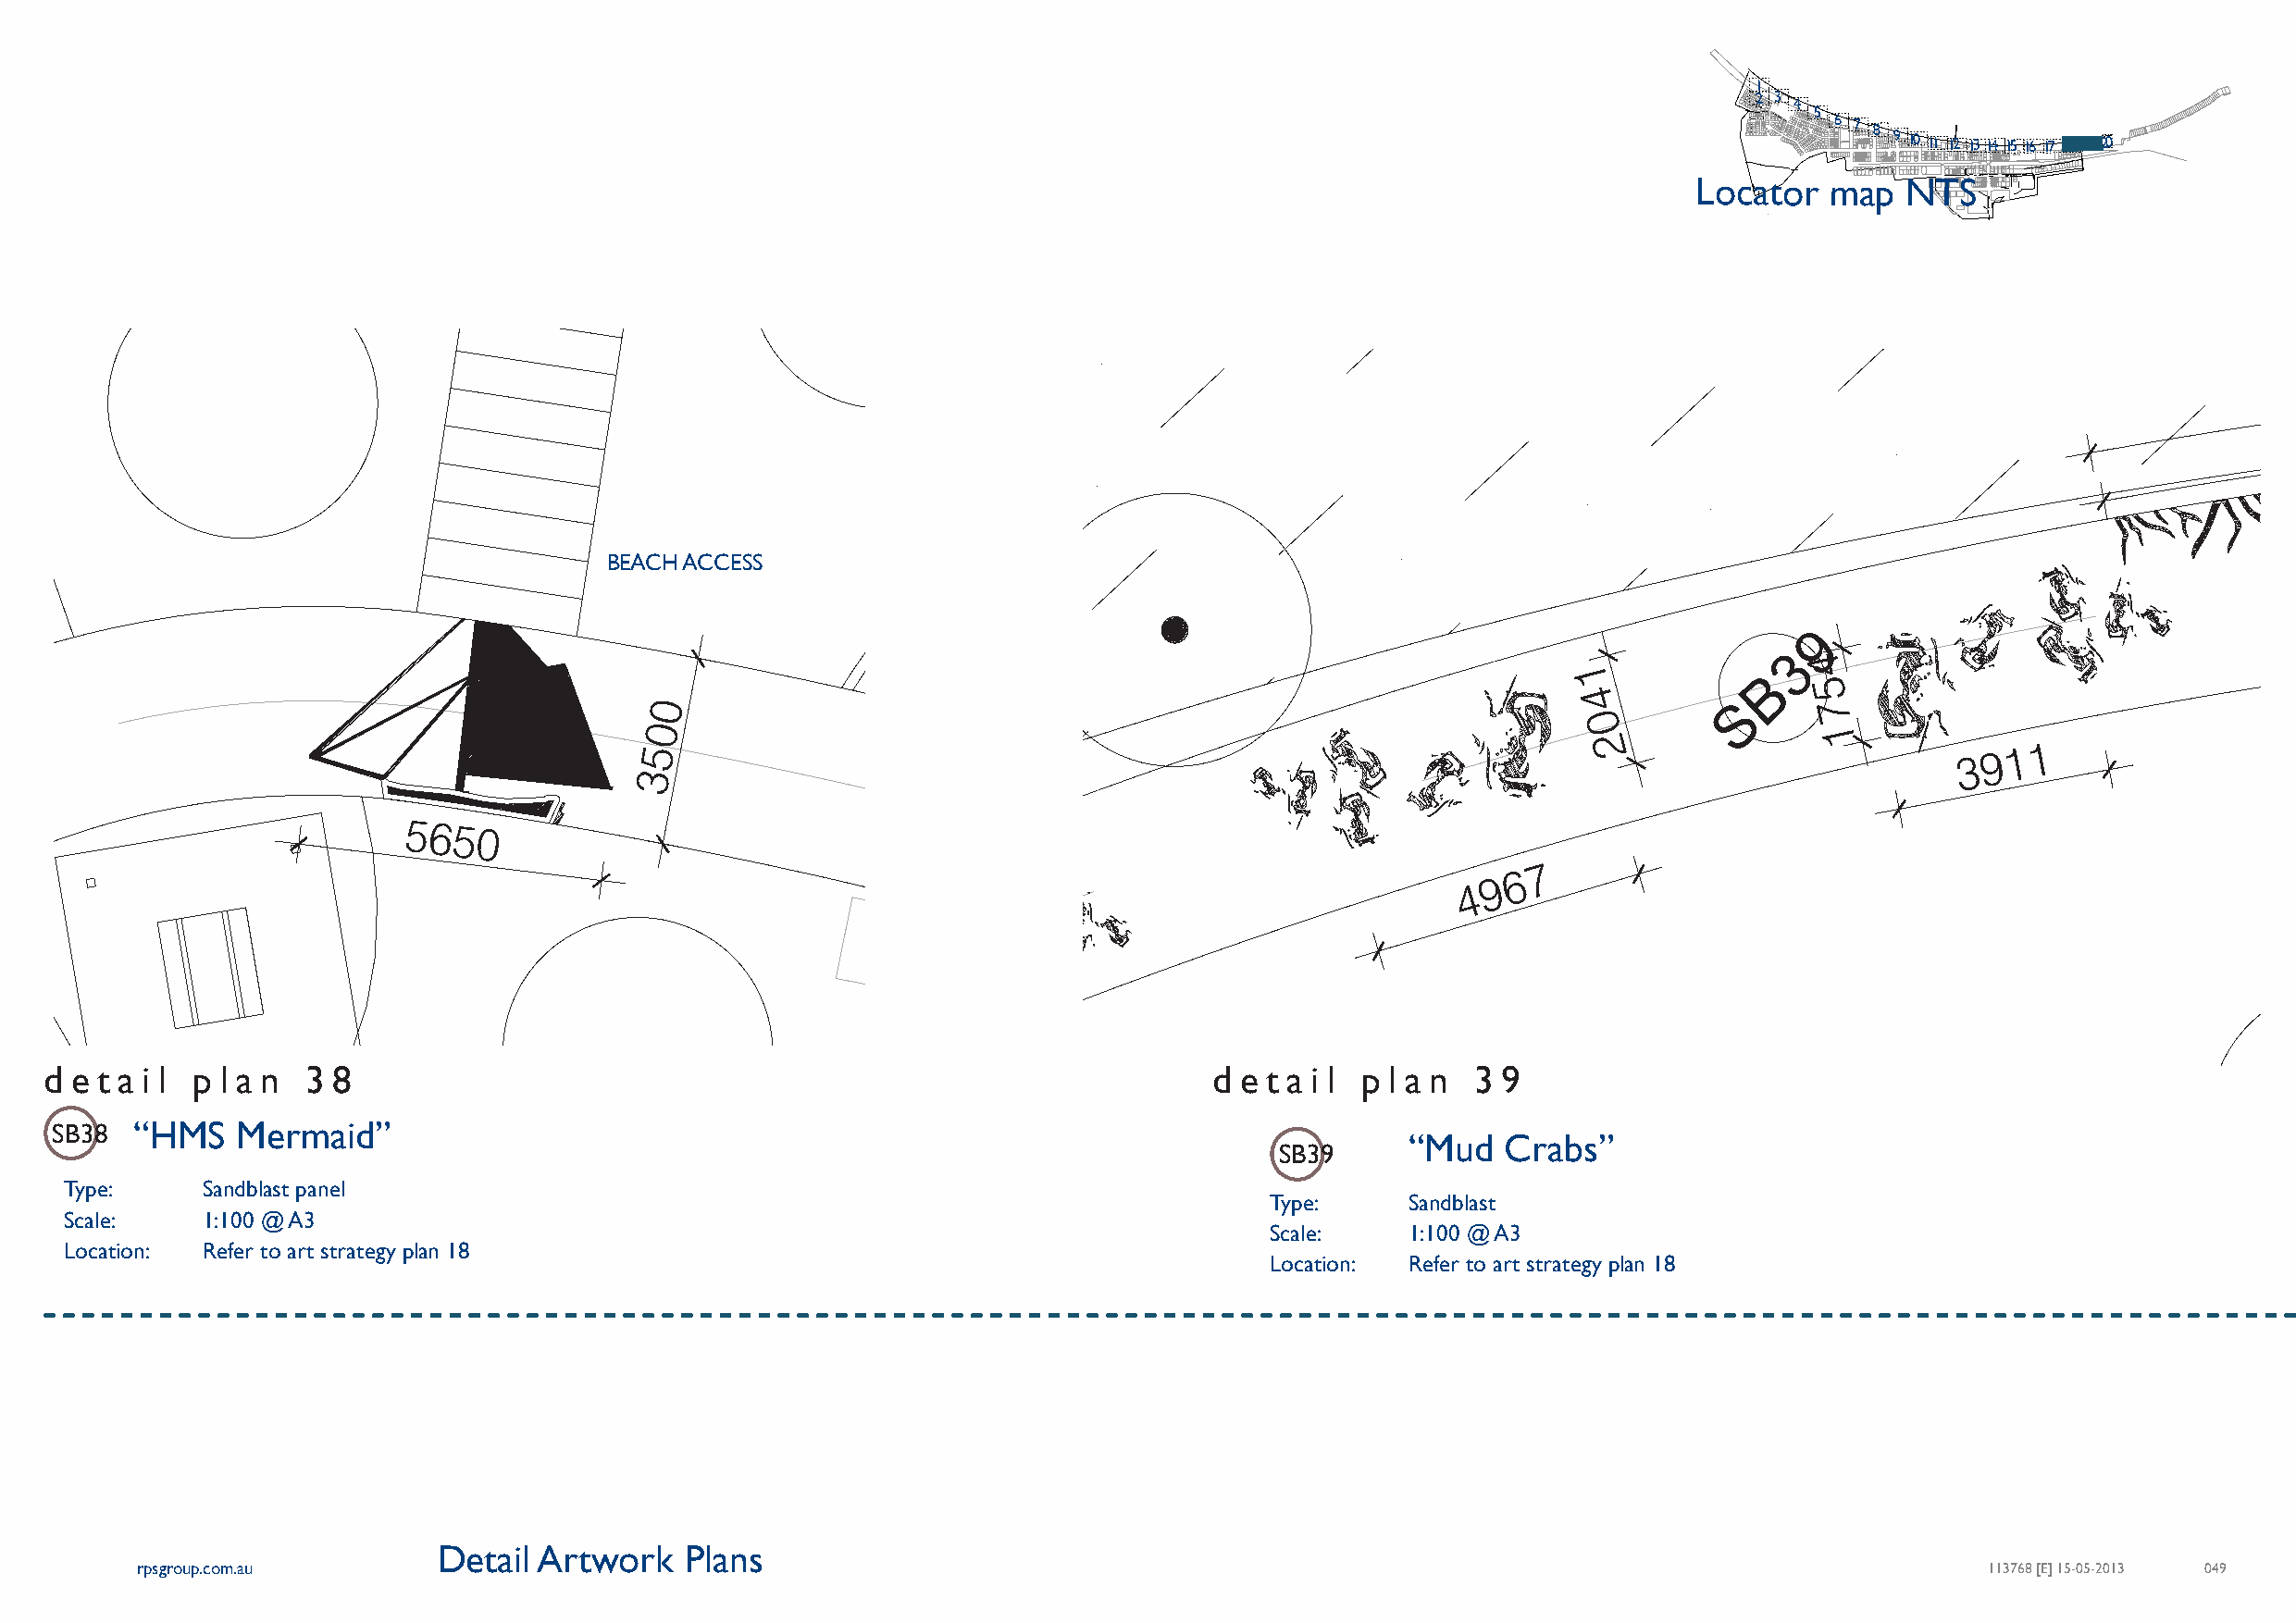
1
 2 3
 4
 5
 6 7 8 9 10 11 12 13 14 15 16 17 18 19 20
 Locator   map  NTS
 9 2 0 0
 BEACH ACCESS
 9
 3
 4
 1             B
 5
 4
 S     7
 0
 1
 2                         3 9 1 1
 7
 6
 9
 4
 d e t a i l p l a n 3 8                                                             d e t a i l p l a n 3 9
 9
 1
 6
 4
 S B 3 8 “HMS Mermaid”
 “Mud   Crabs”
 SB39
 Type:     Sandblast panel
 Type:     Sandblast
 Scale:    1:100 @ A3
 Scale:    1:100 @ A3
 Location: Refer to art strategy plan 18
 Location: Refer to art strategy plan 18
 Detail Artwork    Plans
 rpsgroup.com.au                                                                                                                     113768 [E] 15-05-2013 049